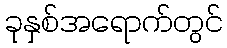
ခုနှစ်အရောက်တွင်